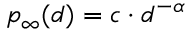
p _ { \infty } ( d ) = c \cdot d ^ { - \alpha }